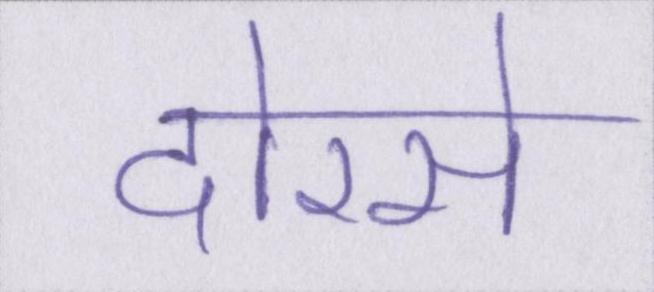
दोरसे